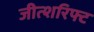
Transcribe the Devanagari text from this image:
जीत्शरिफ्ट